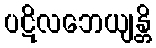
ပဋိလဘေယျန္တိ